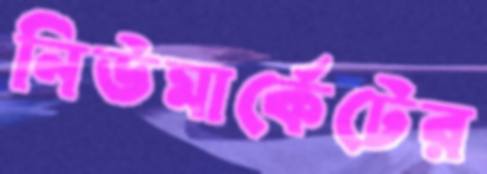
নিউমার্কেটের